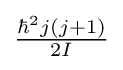
{\tfrac {\hbar ^{2}j(j+1)}{2I}}